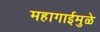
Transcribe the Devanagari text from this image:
महागाईमुळे